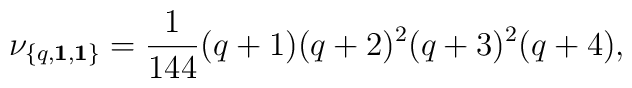
\nu_{\{q,{\bf 1},{\bf 1}\}}={1\over 144}(q+1)(q+2)^2(q+3)^2(q+4),